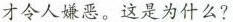
才令人嫌恶。这是为什么?